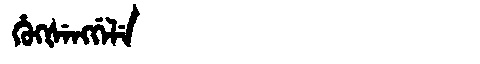
Manchu: ᡥᡠᡴᡧᡝᠩᡤᡝᠯᡝ
Romanization: HUKŠENGGELE